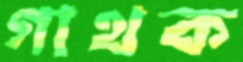
গাথক